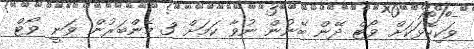
ވަކިކޮޅަކަށް ވޯޓް ދޭން ބޭނުން ނުވާ ކަމަށް 3 މެންބަރުން ވަނީ ވޯޓް